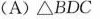
(A)△BDC